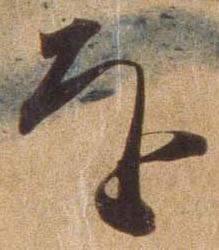
を